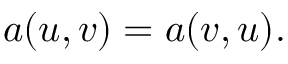
a ( u , v ) = a ( v , u ) .